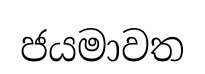
ජයමාවත